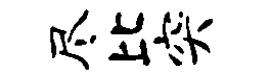
尽比突